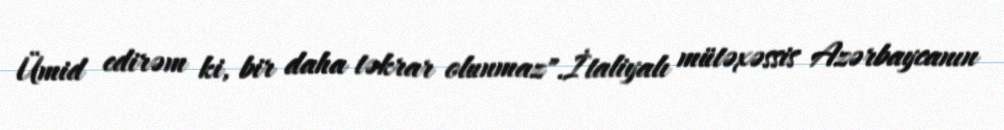
Ümid edirəm ki, bir daha təkrar olunmaz".İtaliyalı mütəxəssis Azərbaycanın